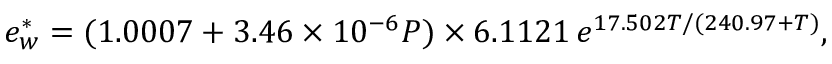
e _ { w } ^ { * } = ( 1 . 0 0 0 7 + 3 . 4 6 \times 1 0 ^ { - 6 } P ) \times 6 . 1 1 2 1 \, e ^ { 1 7 . 5 0 2 T / ( 2 4 0 . 9 7 + T ) } ,